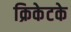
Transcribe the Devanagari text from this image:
क्रिकेटके